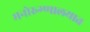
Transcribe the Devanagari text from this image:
मनोरुग्णालयात